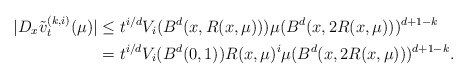
\begin{align*}|D_{x}\tilde{v}_t^{(k,i)}(\mu)| & \leq t^{i/d} V_i(B^d(x,R(x,\mu))) \mu(B^d(x,2R(x,\mu)))^{d+1-k}\\& = t^{i/d} V_i(B^d(0,1)) R(x,\mu)^{i} \mu(B^d(x,2R(x,\mu)))^{d+1-k}.\end{align*}